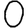
Digit: 0